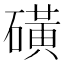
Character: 磺